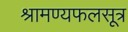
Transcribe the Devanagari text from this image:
श्रामण्यफलसूत्र